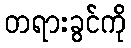
တရားခွင်ကို